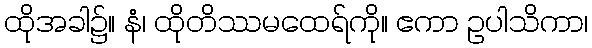
ထိုအခါ၌။ နံ၊ ထိုတိဿမထေရ်ကို။ ဧကာ ဥပါသိကာ၊